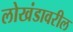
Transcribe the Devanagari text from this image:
लोखंडावरील